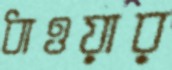
ধাওয়ার